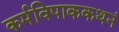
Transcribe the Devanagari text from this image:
कर्मविपाककथनं